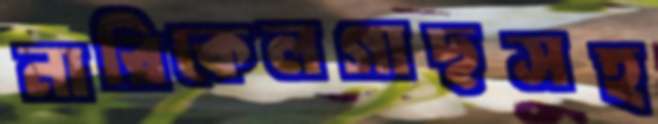
নারিকেলগাছসহ